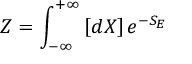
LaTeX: Z = \int _ { - \infty } ^ { + \infty } \left[ d X \right] e ^ { - S _ { E } }